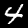
Label: 4